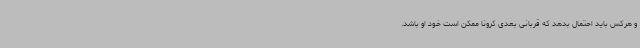
و هرکس باید احتمال بدهد که قربانی بعدی کرونا ممکن است خود او باشد.